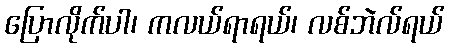
ပြောလိုက်ပါ၊ ကလယ်ရာရယ်၊ လစ်ဘဲလ်ရယ်